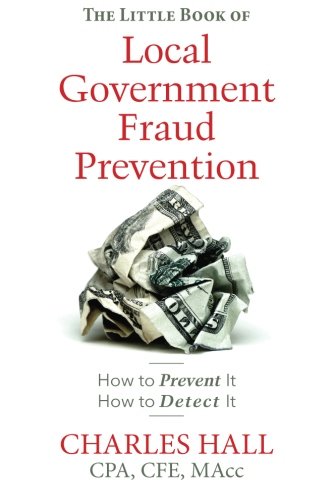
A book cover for The Little Book of Local Government Fraud Prevention; Charles B. Hall; Business & Money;